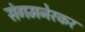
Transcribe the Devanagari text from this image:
संगमनेरकर